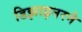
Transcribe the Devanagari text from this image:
डिझाइनरने